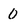
Character: 0